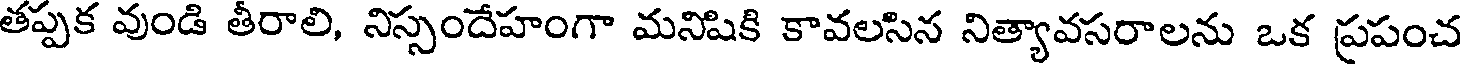
తప్పక వుండి తీరాలి, నిస్సందేహంగా మనిషికి కావలసిన నిత్యావసరాలను ఒక ప్రపంచ